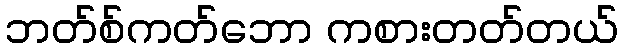
ဘတ်စ်ကတ်ဘော ကစားတတ်တယ်